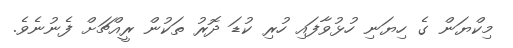
މިކްޔަން ގެ ހިޔަނި ހުޅުވާފައި ހުރި ކުޑަ ދޮރު ތަކުން ރީއްޗަށް ފެނުނެވެ.